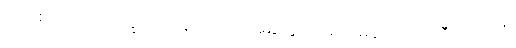
ပြည့်စုံသော။ ဘိက္ခု၊ ရဟန်းသည်။ အနုတ္တရံ၊ အတုမရှိသော။ သီတိဘာဝံ၊